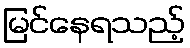
မြင်နေရသည့်